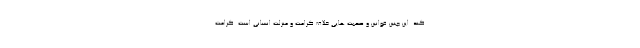
کند. این چنین قوانین و صحبت هایی خلاف کرامت و منزلت انسانی است. کرامت